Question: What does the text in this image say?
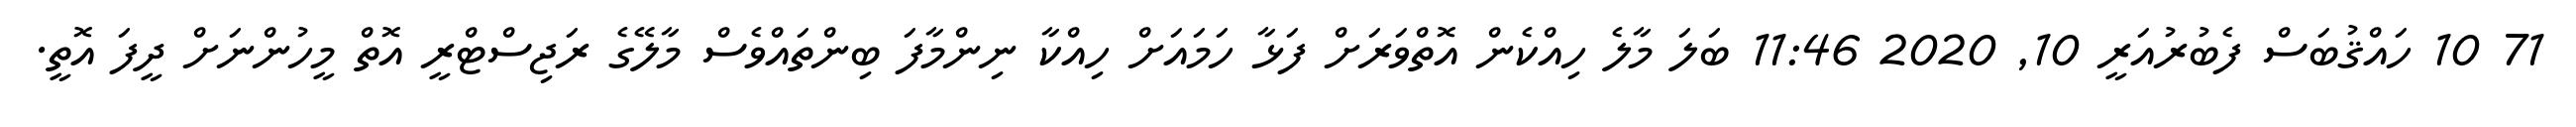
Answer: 71 10 ހައްޤުބަސް ފެބުރުއަރީ 10, 2020 11:46 ބަލަ މާލެ ހިއްކެން އޮތްވަރަށް ފަޅާ ހަމައަށް ހިއްކާ ނިންމާފަ ބިންތައްވެސް މާލޭގެ ރަޖިސްޓްރީ އޮތް މީހުންނަށް ދީފަ އޮތީ.